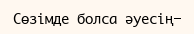
Сөзімде болса әуесің-